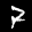
Label: 7